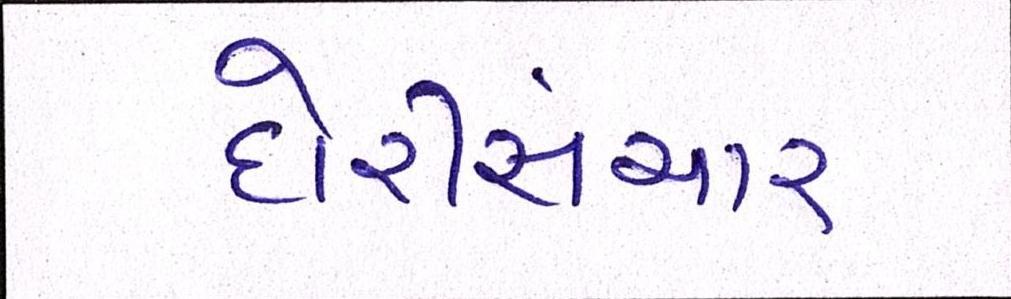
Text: દોરીસંચાર